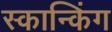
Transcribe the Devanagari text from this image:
स्कान्किंग